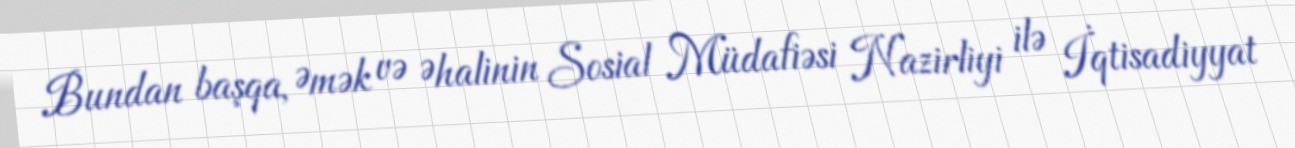
Bundan başqa, Əmək və Əhalinin Sosial Müdafiəsi Nazirliyi ilə İqtisadiyyat